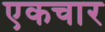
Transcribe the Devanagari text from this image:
एकचार